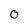
Character: O